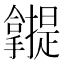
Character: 𰔾